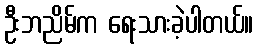
ဦးဘညိမ်က ရေးသားခဲ့ပါတယ်။